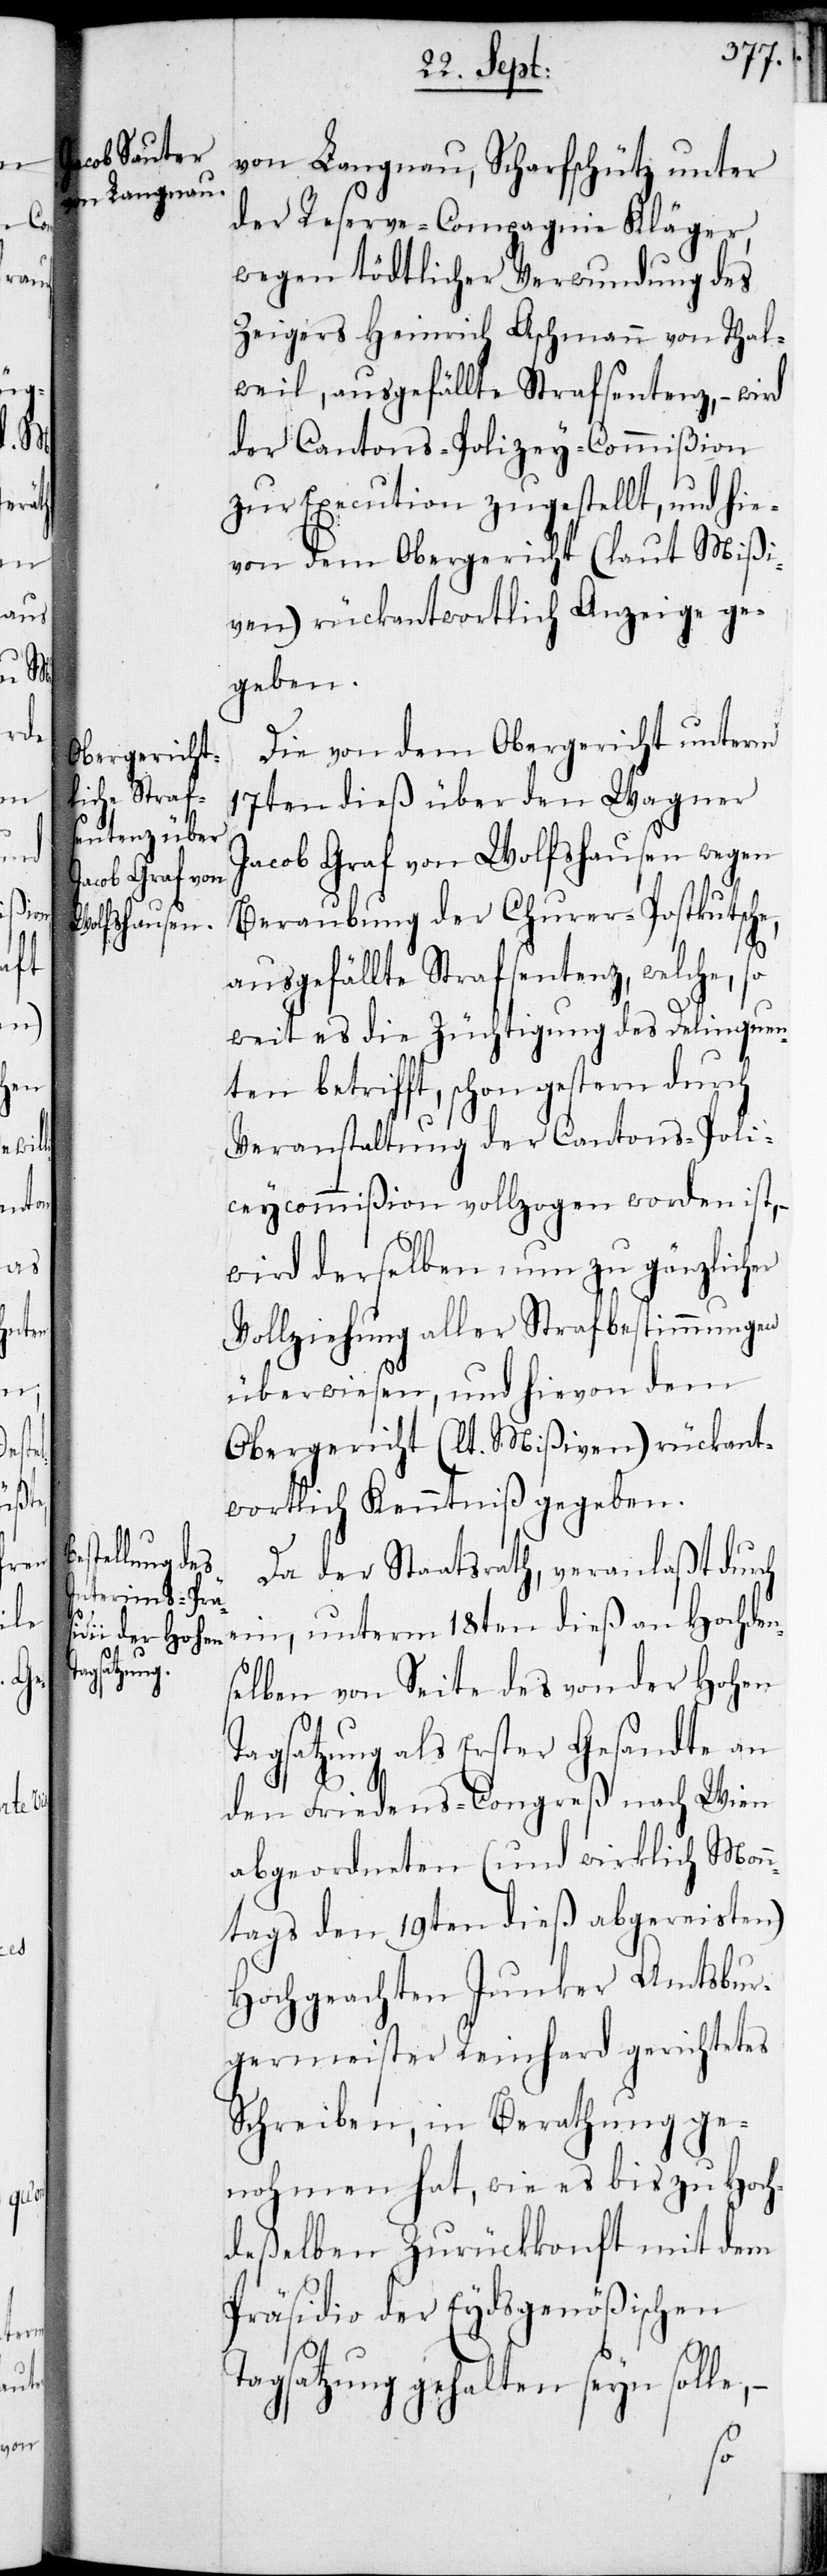
le,

von Langnau, Schafschütz unter
der Reserve-Compagnie Kläger,
wegen tödtlicher Verwundung des
Zeigers Heinrich Aschmann von Thal¬
weil, ausgefällte Strafsentenz, – wird
der Cantons-Polizey-Commißion
zur Execution zugestellt, und hie¬
von dem Obergericht (laut Mißi¬
ven) rückantwortlich Anzeige ge¬
geben.
Die von dem Obergericht unterm
17ten dieß über den Wagner
Jacob Graf von Wolfshausen wegen
Beraubung der Churer-Postkutsche,
ausgefällte Strafsentenz, welche, so¬
weit es die Züchtigung des Delinquen¬
ten betrifft, schon gestern durch
Veranstaltung der Cantons-Poli¬
ceycommißion vollzogen worden ist, –
wird derselben, um zu gänzlicher
Vollziehung aller Strafbestimmungen
überwiesen, und hievon dem
Obergericht (lt. Mißiven) rückant¬
wortlich Kenntniß gegeben.
Da der Staatsrath, veranlaßt durch
ein, unterm 18ten dieß an Hochden¬
selben von Seite des von der Hohen
Tagsatzung als Erster Gesandte an
den Friedens-Congreß nach Wien
abgeordneten (und wirklich Mon¬
tags den 19ten dieß abgereisten)
Hochgeachten Junker Amtsbur¬
germeister Reinhard gerichtetes
Schreiben, in Beratung ge¬
nohmen hat, wie es bis zu Hoch¬
deßelben Zurückkonft mit dem
Präsidio der Eydsgenößischen
agsatzung gehalten seyn sol¬